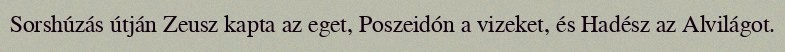
Sorshúzás útján Zeusz kapta az eget, Poszeidón a vizeket, és Hadész az Alvilágot.